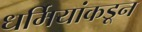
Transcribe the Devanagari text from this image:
धर्मियांकडून